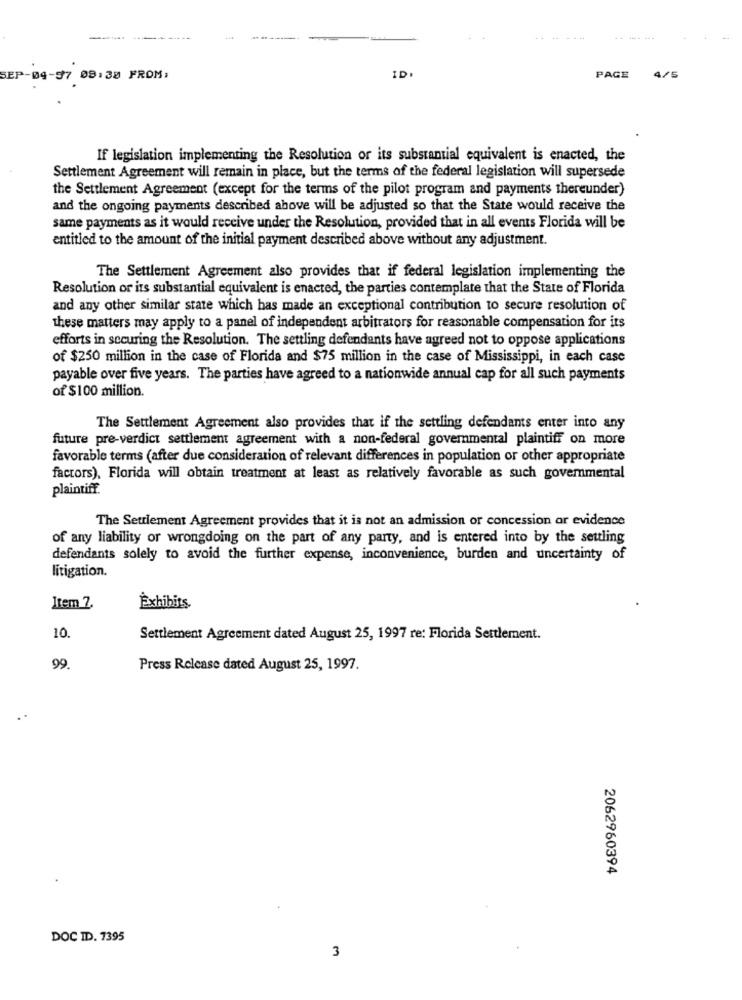
04-57 08:30 FROM:
ID
PAGE
4/5
If legislation implementing the Resolution or its substantial equivalent is enacted, the
Settlement Agreement will remain in place, but the terms of the federal legislation will supersede
the Settlement Agreement (except for the terms of the pilot program and payments thereunder)
and the ongoing payments described above will be adjusted so that the State would receive the
same payments as it would receive under the Resolution, provided that in all events Florida will be
entitled to the amount of the initial payment described above without any adjustment.
The Settlement Agreement also provides that if federal legislation implementing the
Resolution or its substantial equivalent is enacted, the parties contemplate that the State of Florida
and any other similar state which has made an exceptional contribution to secure resolution of
these matters may apply to a panel of independent arbitrators for reasonable compensation for its
efforts in securing the Resolution. The settling defendants have agreed not to oppose applications
of $250 million in the case of Florida and $75 million in the case of Mississippi, in each case
payable over five years. The parties have agreed to a nationwide annual cap for all such payments
of $100 million.
The Settlement Agreement also provides that if the settling defendants enter into any
future pre-verdict settlement agreement with a non-federal governmental plaintiff on more
favorable terms (after due consideration of relevant differences in population or other appropriate
factors), Florida will obtain treatment at least as relatively favorable as such governmental
plaintiff.
The Settlement Agreement provides that it is not an admission or concession ar evidence
of any liability or wrongdoing on the part of any party, and is entered into by the settling
defendants solely to avoid the further expense, inconvenience, burden and uncertainty of
litigation.
Item 2.
Exhibits.
10.
Settlement Agreement dated August 25, 1997 re: Florida Settlement.
99.
Press Release dated August 25, 1997.
2062960394
DOC ID. 7395
3